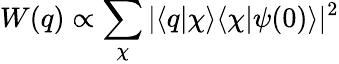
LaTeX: W(q)\propto\sum_{\chi}|\langle q|\chi\rangle\langle\chi|\psi(0)\rangle|^{2}